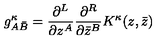
g _ { A { \bar { B } } } ^ { \kappa } = \frac { \partial ^ { L } } { \partial z ^ { A } } \frac { \partial ^ { R } } { \partial { \bar { z } } ^ { B } } K ^ { \kappa } ( z , { \bar { z } } )